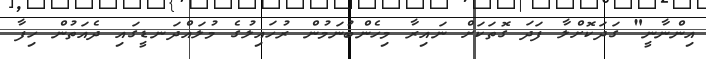
އިންނާނީ" ގަދަކޮށްލާ ފަދަ ގޮތަކަށް ނައިރާ މިހެންބުނަމުން ރުހައިލުގެ މުލައްދަނޑީގައި ދެއަތުން ހިފާ